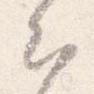
出